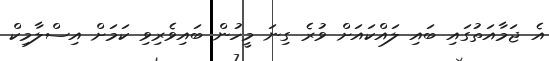
އެ ޖަމާއަތުގައި ބައި ލައްކައަށް ވުރެ ގިނަ މީހުން ބައިވެރިވި ކަމަށް އިސްލާމިކް